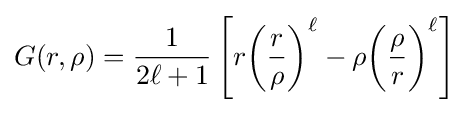
G(r,\rho )={\frac {1}{2\ell +1}}\left[r{\bigg (}{\frac {r}{\rho }}{\bigg )}^{\ell }-\rho {\bigg (}{\frac {\rho }{r}}{\bigg )}^{\ell }\right]